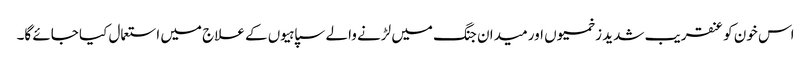
اس خون کو عنقریب شدید زخمیوں اور میدان جنگ میں لڑنے والے سپاہیوں کے علاج میں استعمال کیا جائے گا۔